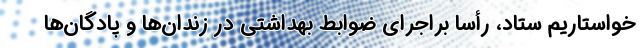
خواستاریم ستاد، رأسا براجرای ضوابط بهداشتی در زندان‌‌ها و پادگان‌‌ها